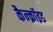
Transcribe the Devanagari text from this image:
कैन्क्रॉइड